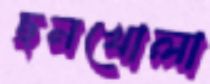
ছনখোলা